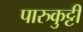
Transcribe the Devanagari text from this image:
पारुकुट्टी